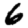
Digit: 6